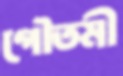
গৌতমী